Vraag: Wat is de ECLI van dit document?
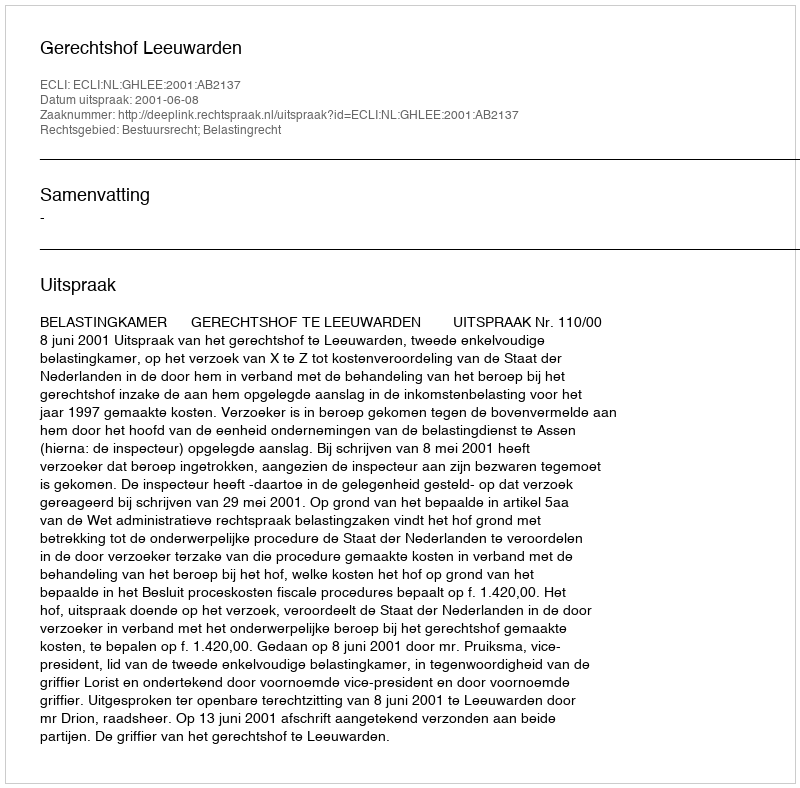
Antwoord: ECLI:NL:GHLEE:2001:AB2137